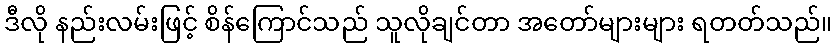
ဒီလို နည်းလမ်းဖြင့် စိန်ကြောင်သည် သူလိုချင်တာ အတော်များများ ရတတ်သည်။